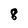
Character: 8